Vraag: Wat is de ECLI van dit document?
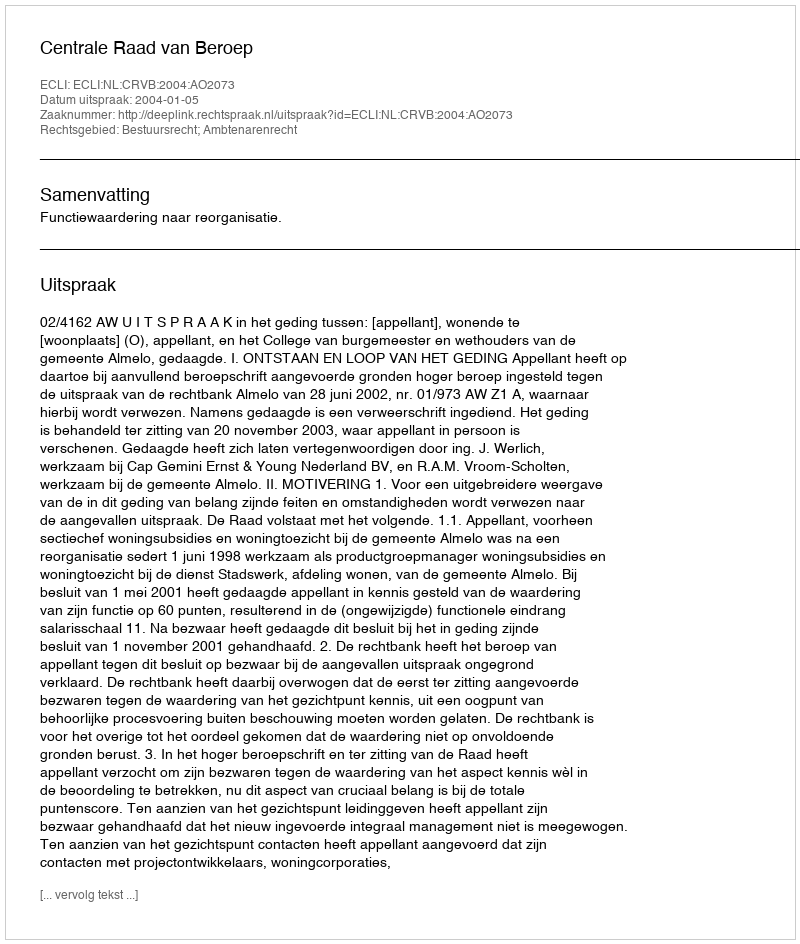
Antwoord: ECLI:NL:CRVB:2004:AO2073